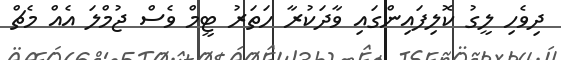
ދިވެހި ލީގު ކޮލިފައިންގައި ވާދަކުރާ ހަތަރު ޓީމް ވެސް ޖުމްލަ އެއް މެޗް